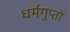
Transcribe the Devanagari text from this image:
धर्मगुप्तों